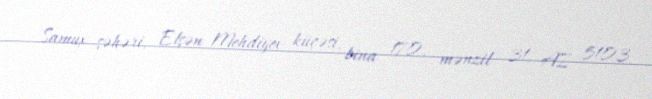
Samux şəhəri, Elşən Mehdiyev küçəsi, bina 170, mənzil 31, AZ 5103